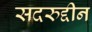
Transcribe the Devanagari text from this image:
सदरुद्दीन